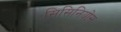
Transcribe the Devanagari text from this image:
सिसिनियोस